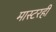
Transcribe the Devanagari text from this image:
मास्टरही